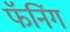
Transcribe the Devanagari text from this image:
फॅनिंग